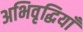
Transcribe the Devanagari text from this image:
अभिवृद्धियाँ